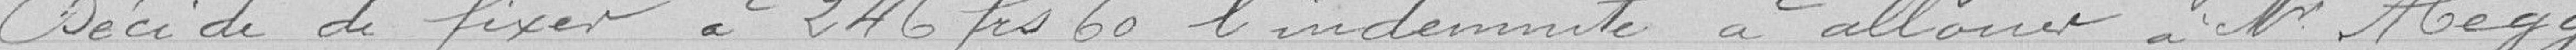
Décide de fixer à 246 francs 60 l'indemnité à allouer à M. Hegg